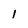
Character: 1